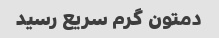
دمتون گرم سریع رسید